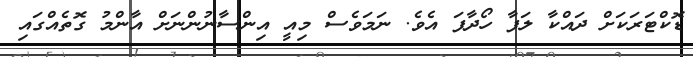
ޑޮކްޓަރަކަށް ދައްކާ ލަފާ ހޯދާފަ އެވެ. ނަމަވެސް މިއީ އިންސާނުންނަށް އާންމު ގޮތެއްގައި